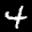
Label: 4